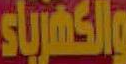
والكهرباء